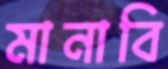
মানাবি